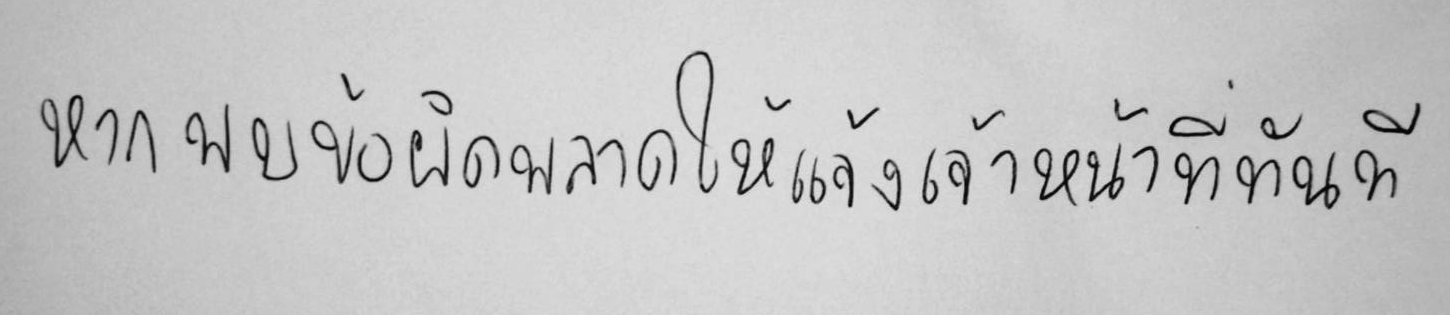
หากพบข้อผิดพลาดให้แจ้งเจ้าหน้าที่ทันที